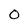
Character: 0